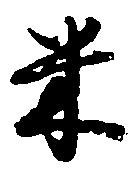
米